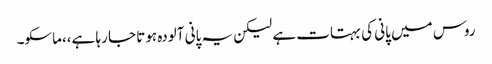
روس میں پانی کی بہتات ہے لیکن یہ پانی آلودہ ہوتا جا رہا ہے،،ماسکو۔